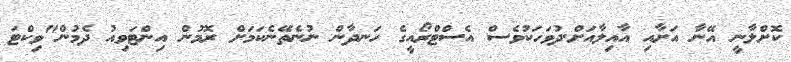
ކޮށްލާނީ އޭނާ އަށާއި އާއިލާއަށް.ދުވަހަކުވެސް އެސްޓްރޯއީގެ ހަނދާން ނުނެތޭނެކަމަށް ރޮމުން އިންޓަވިއު ދެމުން"ވިކްޓަ